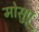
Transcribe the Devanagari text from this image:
मोसुपू